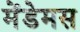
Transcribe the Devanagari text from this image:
मेंडेमस